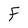
Character: F